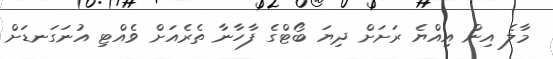
މާލެ އިން އިއްޔެ ރަށަށް ދިޔަ ބޯޓްގެ ފާހާނާ ތެރެއަށް ވެއްޓި އުނަގަނޑަށް